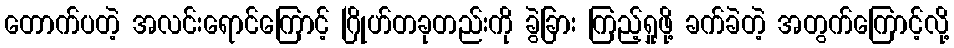
တောက်ပတဲ့ အလင်းရောင်ကြောင့် ဂြိုဟ်တခုတည်းကို ခွဲခြား ကြည့်ရှုဖို့ ခက်ခဲတဲ့ အတွက်ကြောင့်လို့